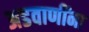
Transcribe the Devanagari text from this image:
अडवाणींना